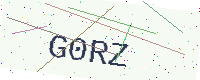
Text: G0RZ